Civil Veterinary Department Bengal reports 1923-33 - 1923-1933
Year: 1923
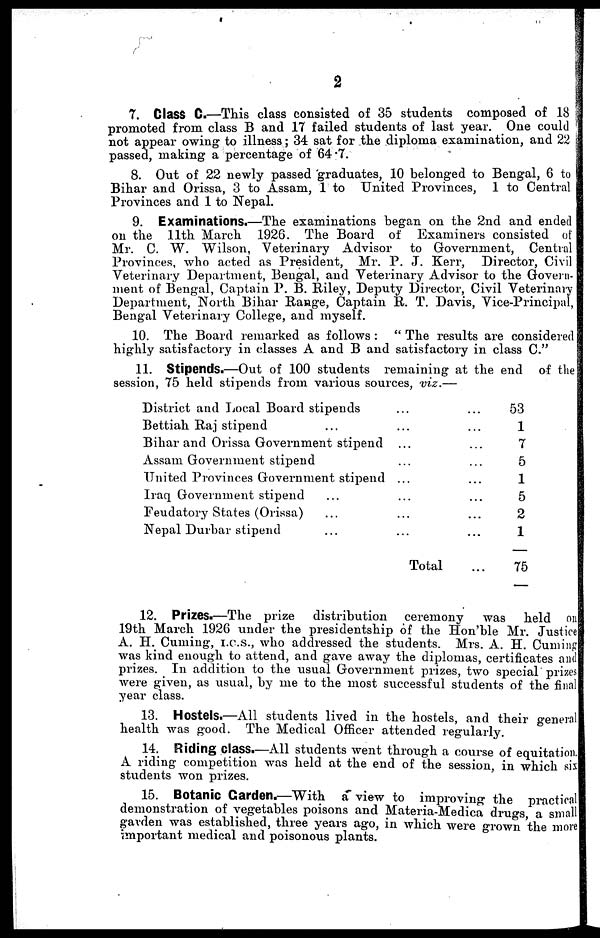
2
7. Class C.—This class consisted of 35 students composed of 18
promoted from class B and 17 failed students of last year. One could
not appear owing to illness; 34 sat for the diploma examination, and 22
passed, making a percentage of 64.7.
8. Out of 22 newly passed graduates, 10 belonged to Bengal, 6 to
Bihar and Orissa, 3 to Assam, 1 to United Provinces, 1 to Central
Provinces and 1 to Nepal.
9. Examinations.—The examinations began on the 2nd and ended
on the 11th March 1926. The Board of Examiners consisted of
Mr. C. W. Wilson, Veterinary Advisor
to Government, Central
Provinces, who acted as President, Mr. P. J. Kerr, Director, Civil
Veterinary Department, Bengal, and Veterinary Advisor to the Govern-
ment of Bengal, Captain P. B. Riley, Deputy Director, Civil Veterinary
Department, North Bihar Range, Captain R. T. Davis, Vice-Principal,
Bengal Veterinary College, and myself.
10. The Board remarked as follows : " The results are considered
highly satisfactory in classes A and B and satisfactory in class C."
11. Stipends.—Out of 100 students remaining at the end of the
session, 75 held stipends from various sources, viz.—
District and Local Board stipends ...
Bettiah Raj stipend ...
Bihar and Orissa Government stipend ...
Assam Government stipend ...
United Provinces Government stipend ...
Iraq Government stipend ...
Feudatory States (Orissa) ...
Nepal Durbar stipend ...
...
...
...
...
...
...
...
...
Total
...
...
...
...
...
...
...
...
...
53
1
7
5
1
5
2
1
75
12. Prizes.—The prize distribution ceremony was held on
19th March 1926 under the presidentship of the Hon'ble Mr. Justice
A. H. Cuming, I.C.S., who addressed the students. Mrs. A. H. Cuming
was kind enough to attend, and gave away the diplomas, certificates and
prizes. In addition to the usual Government prizes, two special prizes
were given, as usual, by me to the most successful students of the final
year class.
13. Hostels.—All students lived in the hostels, and their general
health was good. The Medical Officer attended regularly.
14. Riding class.—All students went through a course of equitation.
A riding competition was held at the end of the session, in which six
students won prizes.
15. Botanic Garden.—With a view to improving the practical
demonstration of vegetables poisons and Materia-Medica drugs, a small
garden was established, three years ago, in which were grown the more
important medical and poisonous plants.